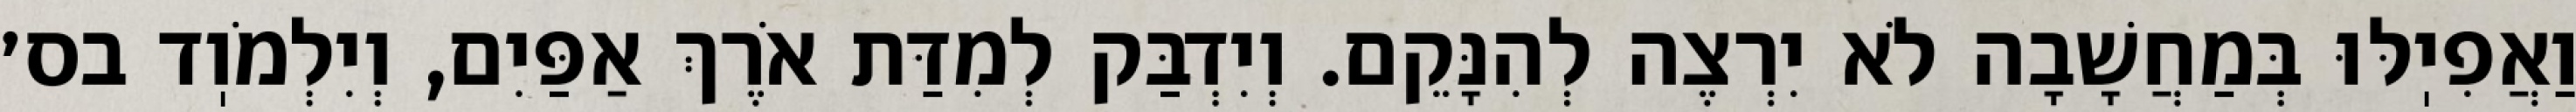
וַאֲפִיֽלּוּ בְּמַחֲשָׁבָה לֹא יִרְצֶה לְהִנָּקֵם. וְיִדְבַּק לְמִדַּת אֹרֶךְ אַפַּיִם, וְיִלְמֹוֽד בס׳